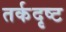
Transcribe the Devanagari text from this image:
तर्कदृष्ट